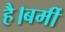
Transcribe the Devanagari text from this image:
है।बर्मी